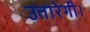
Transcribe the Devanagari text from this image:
उतारेगी।